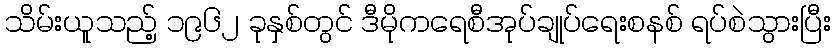
သိမ်းယူသည့် ၁၉၆၂ ခုနှစ်တွင် ဒီမိုကရေစီအုပ်ချုပ်ရေးစနစ် ရပ်စဲသွားပြီး